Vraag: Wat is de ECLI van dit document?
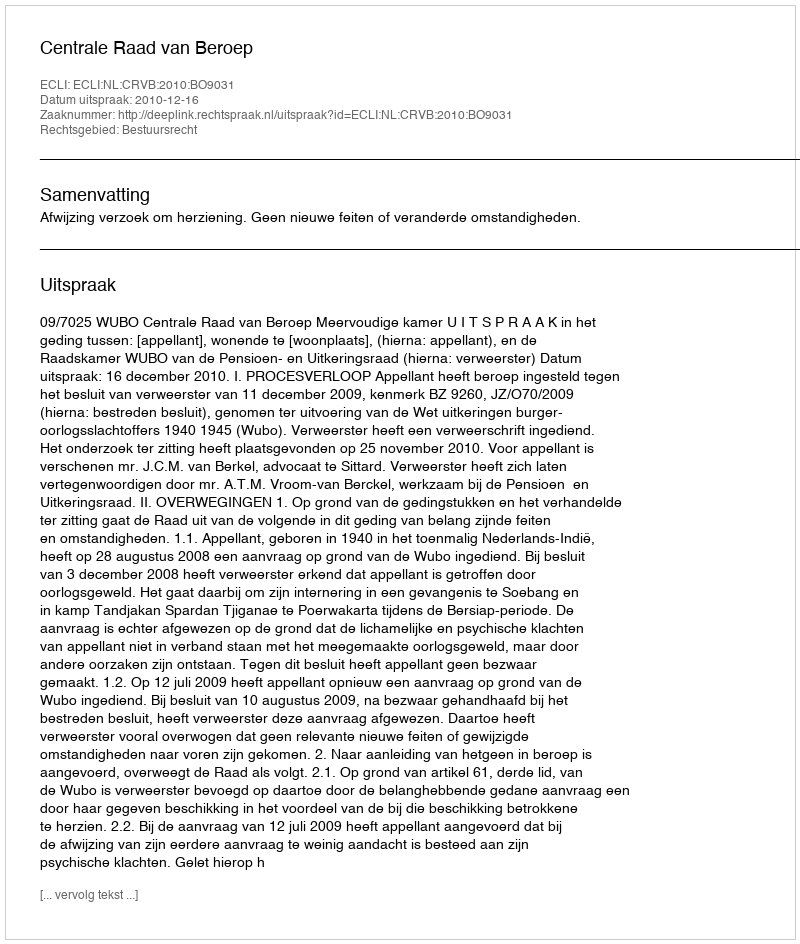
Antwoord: ECLI:NL:CRVB:2010:BO9031